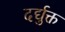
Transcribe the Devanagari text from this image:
दर्द्युक्त